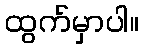
ထွက်မှာပါ။